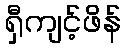
ရှီကျင့်ဖိန်